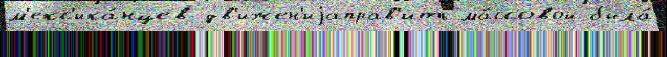
м'екс'ика́нцев дв'ижен'иjаправ'ить ма́ссовой была́